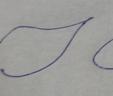
Signature authenticity: forged